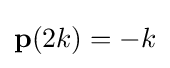
\mathbf {p} (2k)=-k